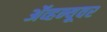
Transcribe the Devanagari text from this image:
ॲव्हन्यूवर